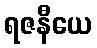
ရဇနီယေ